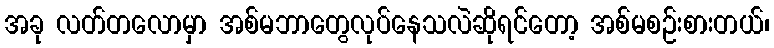
အခု လတ်တလောမှာ အစ်မဘာတွေလုပ်နေသလဲဆိုရင်တော့ အစ်မစဉ်းစားတယ်၊